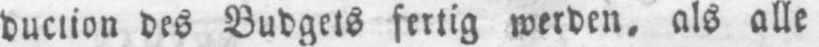
duction des Budgets fertig werden, als alle